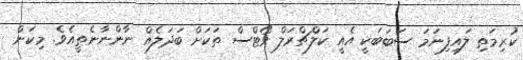
ކުރިމަތި ލައިފިނަމަ ސަބަބަކީ އެއީ ކަލްޗްރަލް ވޯޓްސް ތަކަށް ބަދަލެއް ނާންނާނެތީއެވެ. މިކަން